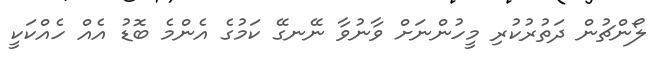
ލޯންޗުން ދަތުރުކުރި މީހުންނަށް ވާނުވާ ނޭނގޭ ކަމުގެ އެންމެ ބޮޑު އެއް ހެއްކަކީ